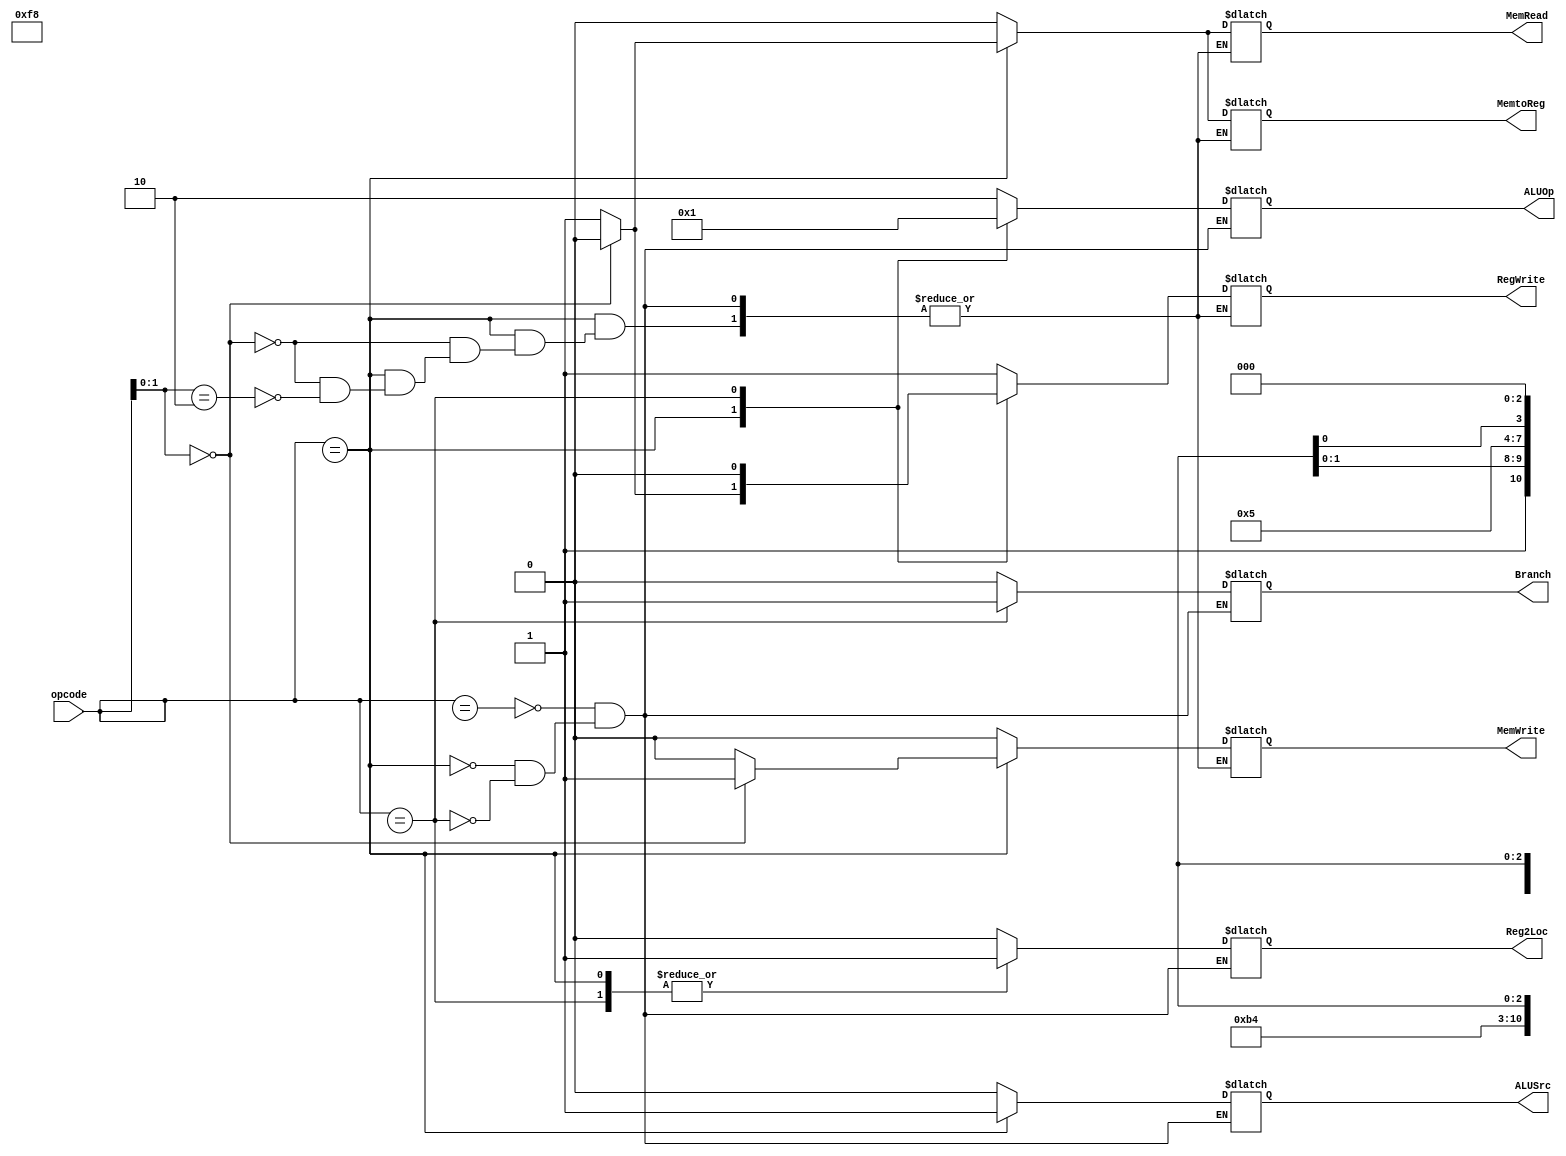
module Control(input [10:0] opcode,
	output reg Reg2Loc,Branch,MemRead,MemWrite,MemtoReg,RegWrite,ALUSrc,
	output reg [1:0] ALUOp
);
	
			always @(*)
			begin
				case (opcode)
						11'b1xx0101x000: begin // R-Type

								Reg2Loc = 0;
								Branch = 0;
								MemRead = 0;
								MemWrite = 0;
								MemtoReg = 0;
								RegWrite = 1;
								ALUSrc = 0;
								ALUOp = 2'b10;
							end
						11'b11111000xxx: begin // D-Type

								Reg2Loc = 1;
								Branch = 0;
								ALUSrc = 1;
								ALUOp = 2'b00;			
								if(opcode[1:0]==2'b00) begin //STUR

									MemRead = 0;
									MemWrite = 1;
									MemtoReg = 0;
									RegWrite = 0;
								end
								else if(opcode[1:0]==2'b10) begin //LDUR

									MemRead = 1;
									MemWrite = 0;
									MemtoReg = 1;
									RegWrite = 1;
								end
							end	
						11'b10110100xxx: begin // CB-Type //CBZ

								Reg2Loc = 1;
								Branch = 1;
								MemRead = 0;
								MemWrite = 0;
								MemtoReg = 0;
								RegWrite = 0;
								ALUSrc = 0;
								ALUOp = 2'b01;
						end
		
			endcase
			end
endmodule